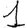
Digit: 1